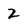
Character: 2